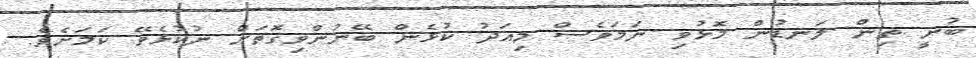
ބުނީ ތިން ލަނޑުން މޮޅުވި ނަމަވެސް މިއަދު ކުޅެން ބޭނުންވިގޮތަށް ނުކުޅެވޭ ކަމަށެވެ.